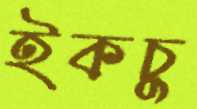
ইকচু